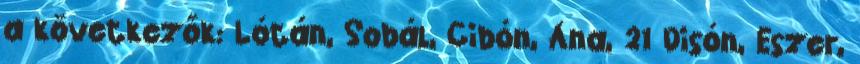
a következők: Lótán, Sobál, Cibón, Ána, 21 Disón, Eszer,